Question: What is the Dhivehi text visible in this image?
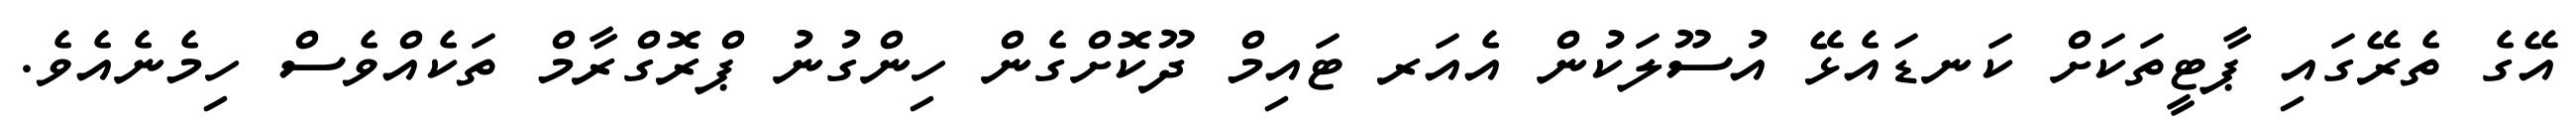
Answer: އޭގެ ތެރޭގައި ޕާޓީތަކަށް ކަނޑައެޅޭ އުސޫލަކުން އެއަރ ޓައިމް ދޫކޮށްގެން ހިންގުނު ޕްރޮގްރާމް ތަކެއްވެސް ހިމެނެއެވެ.